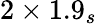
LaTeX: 2\times 1.9_{s}